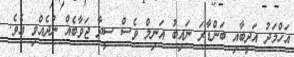
އަހްމަދު އަދީބާއި ބަންޑާރަ ނައިބު އަނިލް ވެސް ސީދާ ޖަވާބެއް ނުދެއްވި އެވެ.